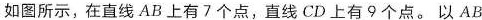
如图所示，在直线AB上有7个点，直线CD上有9个点。以AB